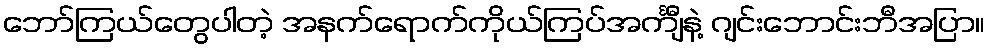
ဘော်ကြယ်တွေပါတဲ့ အနက်ရောက်ကိုယ်ကြပ်အင်္ကျီနဲ့ ဂျင်းဘောင်းဘီအပြာ။